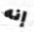
إنه